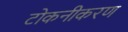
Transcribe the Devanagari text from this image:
टोकनीकरण